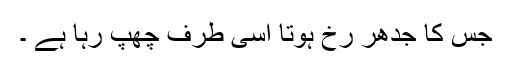
جس کا جدھر رخ ہوتا اسی طرف چھپ رہا ہے ۔